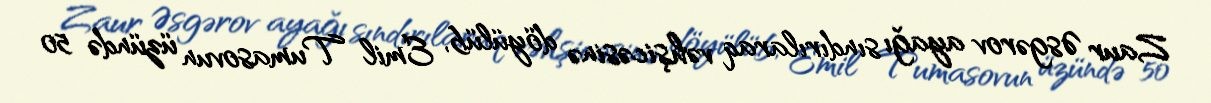
Zaur Əsgərov ayağı sındırılaraq vəhşicəsinə döyülüb, Emil Tumasovun üzündə 50